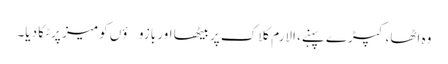
وہ اٹھا، کپڑے پہنے، الارم کلاک پر بیٹھا اور بازوؤں کو میز پر ٹکا دیا۔